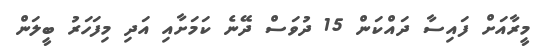
މީރާއަށް ފައިސާ ދައްކަން 15 ދުވަސް ދޭނެ ކަމަށާއި އަދި މިފަހަރު ބީލަން